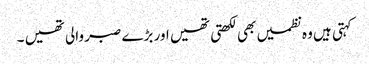
کہتی ہیں وہ نظمیں بھی لکھتی تھیں اور بڑے صبر والی تھیں ۔